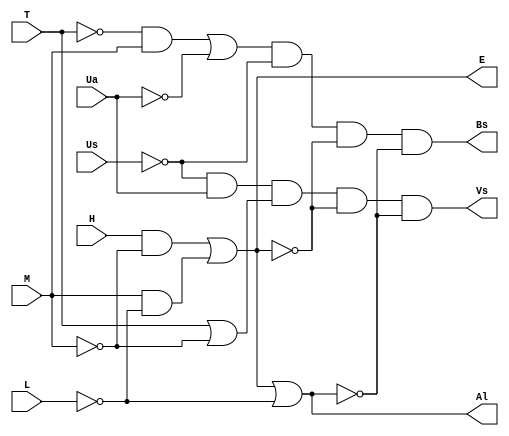
module pblnp1(H,M,L,Ua,Us,T,E,Al,Bs,Vs);
	input H,M,L,Ua,Us,T;
	output E,Al,Bs,Vs;
	wire Al_bar,E_bar,Us_bar,Ua_bar,T_bar,M_bar,L_bar,T1,T2,T3,T4,T5,T6,T7;
	
	not inv0(M_bar,M);
	not inv1(L_bar,L);
	not inv2(T_bar,T);
	not inv3(Us_bar,Us);
	not inv4(Ua_bar,Ua);
	not inv5(E_bar,E);
	not inv6(Al_bar,Al);
	
	
	and and0(T1,H,M_bar);
	and and1(T2,M,L_bar);
	
	or or0(E,T1,T2);
	or or1(Al,E,L_bar);
	
	and and3(T3,T_bar,M);
	or or2(T4,T3,Ua_bar);
	and and4(T5,T4,Us_bar);
	and and5(Bs,T5,E_bar,Al_bar);
	and and6(T6,Us_bar,Ua);
	or or3(T7,T,M_bar);
	and and7(Vs,T6,T7,E_bar,Al_bar);
endmodule